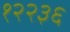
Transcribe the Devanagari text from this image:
१२२३६